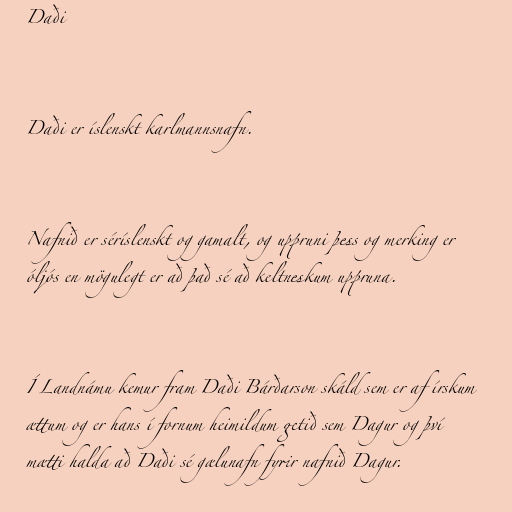
Daði

Daði er íslenskt karlmannsnafn.

Nafnið er séríslenskt og gamalt, og uppruni þess og merking er
óljós en mögulegt er að það sé að keltneskum uppruna.

Í Landnámu kemur fram Daði Bárðarson skáld sem er af írskum
ættum og er hans í fornum heimildum getið sem Dagur og því
mætti halda að Daði sé gælunafn fyrir nafnið Dagur.